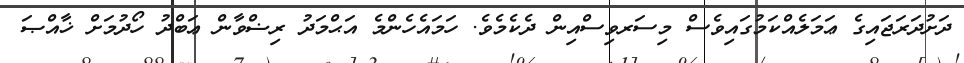
ދަށުދަރަޖައިގެ ޢަމަލެއްކަމުގައިވެސް މިސަރވިސްއިން ދެކެމެވެ. ހަމައެހެންމެ އަޙްމަދު ރިޟްވާން ޢަބްދު ހޯދުމަށް ޚާއްޞަ